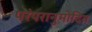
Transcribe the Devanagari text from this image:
परंपरानुमोदित